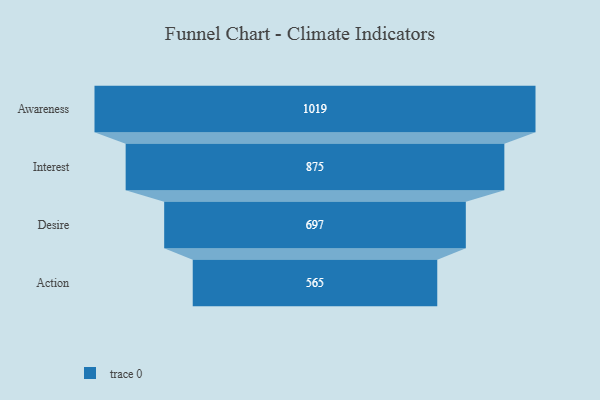
{"axis": {"x": "Stage", "y": "Value"}, "legend": [""], "data": [{"x": "Awareness", "y": 1019.0, "type": ""}, {"x": "Interest", "y": 875.0, "type": ""}, {"x": "Desire", "y": 697.0, "type": ""}, {"x": "Action", "y": 565.0, "type": ""}]}